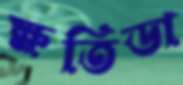
ক্ষতিডা